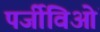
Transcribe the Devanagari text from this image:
पर्जीविओं